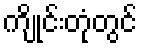
ကျိုင်းတုံတွင်